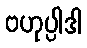
ဗဟုပ္ပါဒါ